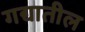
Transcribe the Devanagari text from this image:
गद्यातील